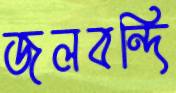
জলবন্দি